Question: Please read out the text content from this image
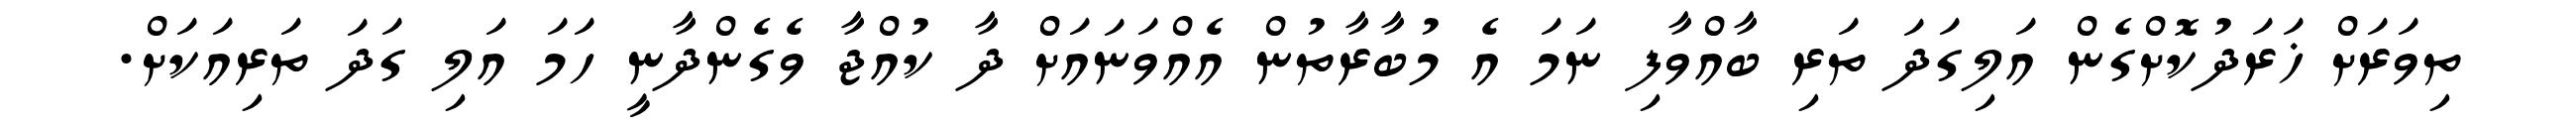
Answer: ތިވަރަށް ޚަރަދުކޮށްގެން އަލިގަދަ ތަރި ބާއްވާފި ނަމަ އެ މުބާރާތުން އެއްވަނައަށް ދާ ކުއްޖާ ވެގެންދާނީ ހަމަ އަލި ގަދަ ތަރިއަކަށް.